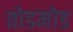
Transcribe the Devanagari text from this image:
तोडमोड